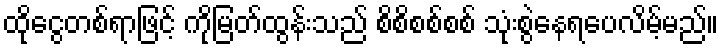
ထိုငွေတစ်ရာဖြင့် ကိုမြတ်ထွန်းသည် စိစိစစ်စစ် သုံးစွဲနေရပေလိမ့်မည်။